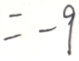
= - 9